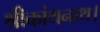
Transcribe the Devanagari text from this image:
श्रीकांथनाथ।